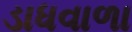
ડાધવાળા